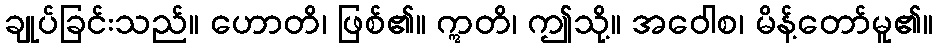
ချုပ်ခြင်းသည်။ ဟောတိ၊ ဖြစ်၏။ ဣတိ၊ ဤသို့။ အဝေါစ၊ မိန့်တော်မူ၏။